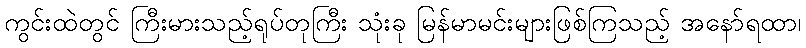
ကွင်းထဲတွင် ကြီးမားသည့်ရုပ်တုကြီး သုံးခု မြန်မာမင်းများဖြစ်ကြသည့် အနော်ရထာ၊